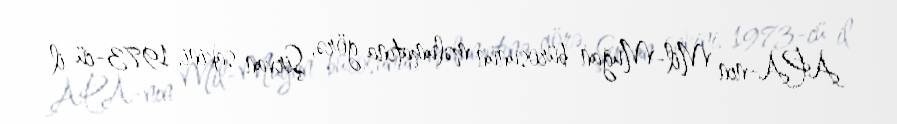
APA-nın Mil-Muğan bürosunun məlumatına görə, Şirvan sakini, 1973-cü il